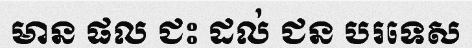
មាន ផល ជះ ដល់ ជន បរទេស